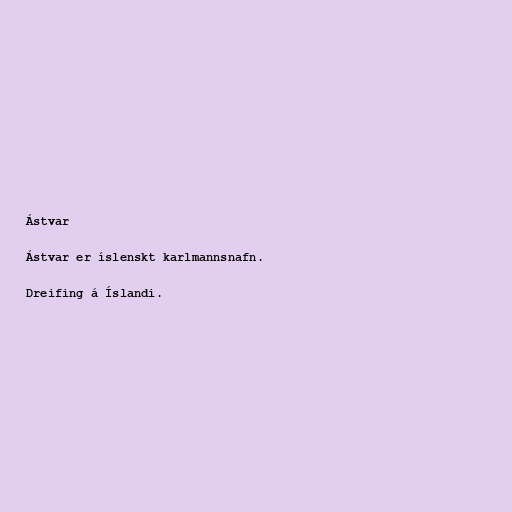
Ástvar

Ástvar er íslenskt karlmannsnafn.

Dreifing á Íslandi.